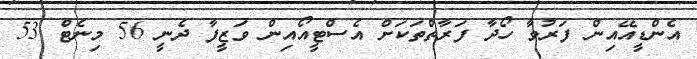
އެންޑީއޭއިން ފަރުވާ ހޯދާ ފަރާތްތަކަށް އެސްޓީއޯއިން ވަޒީފާ ދެނީ 56 މިނެޓް 53